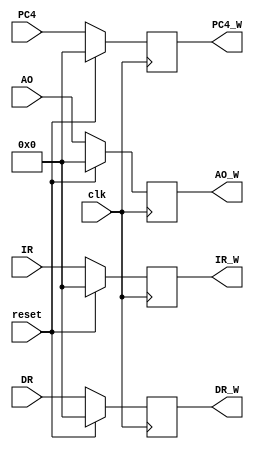
`timescale 1ns / 1ps
//////////////////////////////////////////////////////////////////////////////////
// Company: 
// Engineer: 
// 
// Design Name: 
// Module Name:    Wreg 
// Project Name: 
// Target Devices: 
// Tool versions: 
// Description: 
//
// Dependencies: 
//
// Revision: 
// Revision 0.01 - File Created
// Additional Comments: 
//
//////////////////////////////////////////////////////////////////////////////////
module Wreg(
    input [31:0] IR,
    input [31:0] PC4,
    input [31:0] AO,
    input [31:0] DR,
    input clk,
    input reset,
    output [31:0] IR_W,
    output [31:0] PC4_W,
    output [31:0] AO_W,
    output [31:0] DR_W
    );
    reg [31:0]instr;
	 reg [31:0]pc4;
	 reg [31:0]ao;
	 reg [31:0]dr;
	 initial begin
	   instr=0;
		pc4=0;
		ao=0;
		dr=0;
	 end
    
	 assign IR_W=instr;
	 assign PC4_W=pc4;
	 assign AO_W=ao;
	 assign DR_W=dr;
	 
	 always@(posedge clk)begin
	   if(reset)begin
		 instr<=0;
		 pc4<=0;
		 ao<=0;
		 dr<=0;
	     end
		 else begin
		   instr<=IR;
			pc4<=PC4;
			ao<=AO;
			dr<=DR;
		 end
		
	 end
endmodule